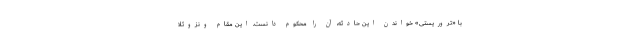
با «تروریستی» خواندن این حادثه، آن را محکوم دانست. این مقام ونزوئلا